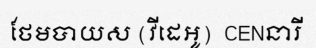
ថែមបាយស (វីដេអូ)  CENនារី